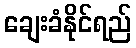
ချေးခံနိုင်ရည်